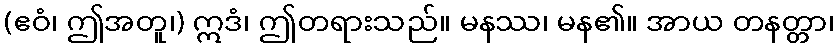
(ဧဝံ၊ ဤအတူ၊) ဣဒံ၊ ဤတရားသည်။ မနဿ၊ မန၏။ အာယ တနတ္တာ၊